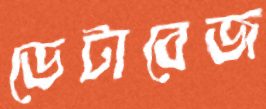
ডেটাবেজ